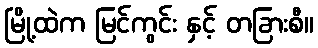
မြို့ထဲက မြင်ကွင်း နှင့် တခြားစီ။